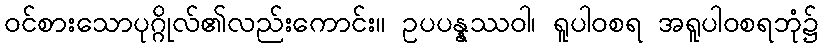
ဝင်စားသောပုဂ္ဂိုလ်၏လည်းကောင်း။ ဥပပန္နဿဝါ၊ ရူပါဝစရ အရူပါဝစရဘုံ၌